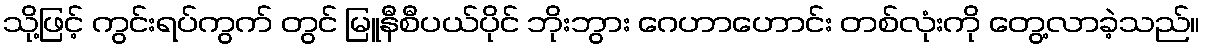
သို့ဖြင့် ကွင်းရပ်ကွက် တွင် မြူနီစီပယ်ပိုင် ဘိုးဘွား ဂေဟာဟောင်း တစ်လုံးကို တွေ့လာခဲ့သည်။